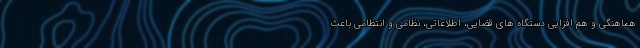
هماهنگی و هم افزایی دستگاه های قضایی، اطلاعاتی، نظامی و انتظامی باعث